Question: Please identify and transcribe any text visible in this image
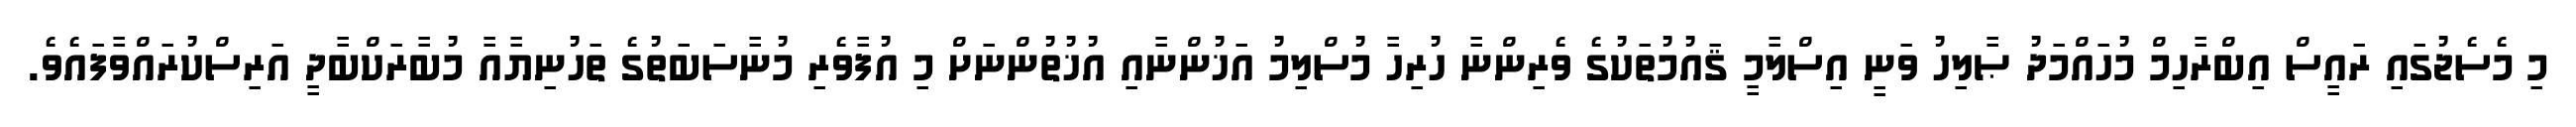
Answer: މި މެސެޖުގައި ރައީސް އިބްރާހިމް މުހައްމަދު ޞާލިހު ވަނީ އިސްލާމީ ޤައުމުތަކުގެ ވެރިންނާ ހުރިހާ މުސްލިމު އަޚުންނާއި އުޚުތުންނަށް މި އުފާވެރި މުނާސަބަތުގެ ތަހުނިޔާއާ މުބާރަކްބާދީ އަރިސްކުރައްވާފައެވެ.